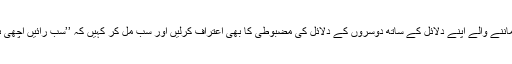
میں سمجھتا ہوں کہ اگر کچھ مسائل میں تمام رایوں کے ماننے والے اپنے دلائل کے ساتھ دوسروں کے دلائل کی مضبوطی کا بھی اعتراف کرلیں اور سب مل کر کہیں کہ ’’سب رائیں اچھی ہیں‘‘ تو اتحاد واتفاق کی ایک اچھی فضا تیار ہوسکتی ہے۔